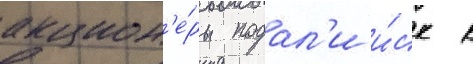
акцион'е́ры подал'и и́ск к